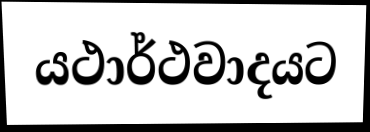
යථාර්ථවාදයට